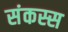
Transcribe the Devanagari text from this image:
संकस्स